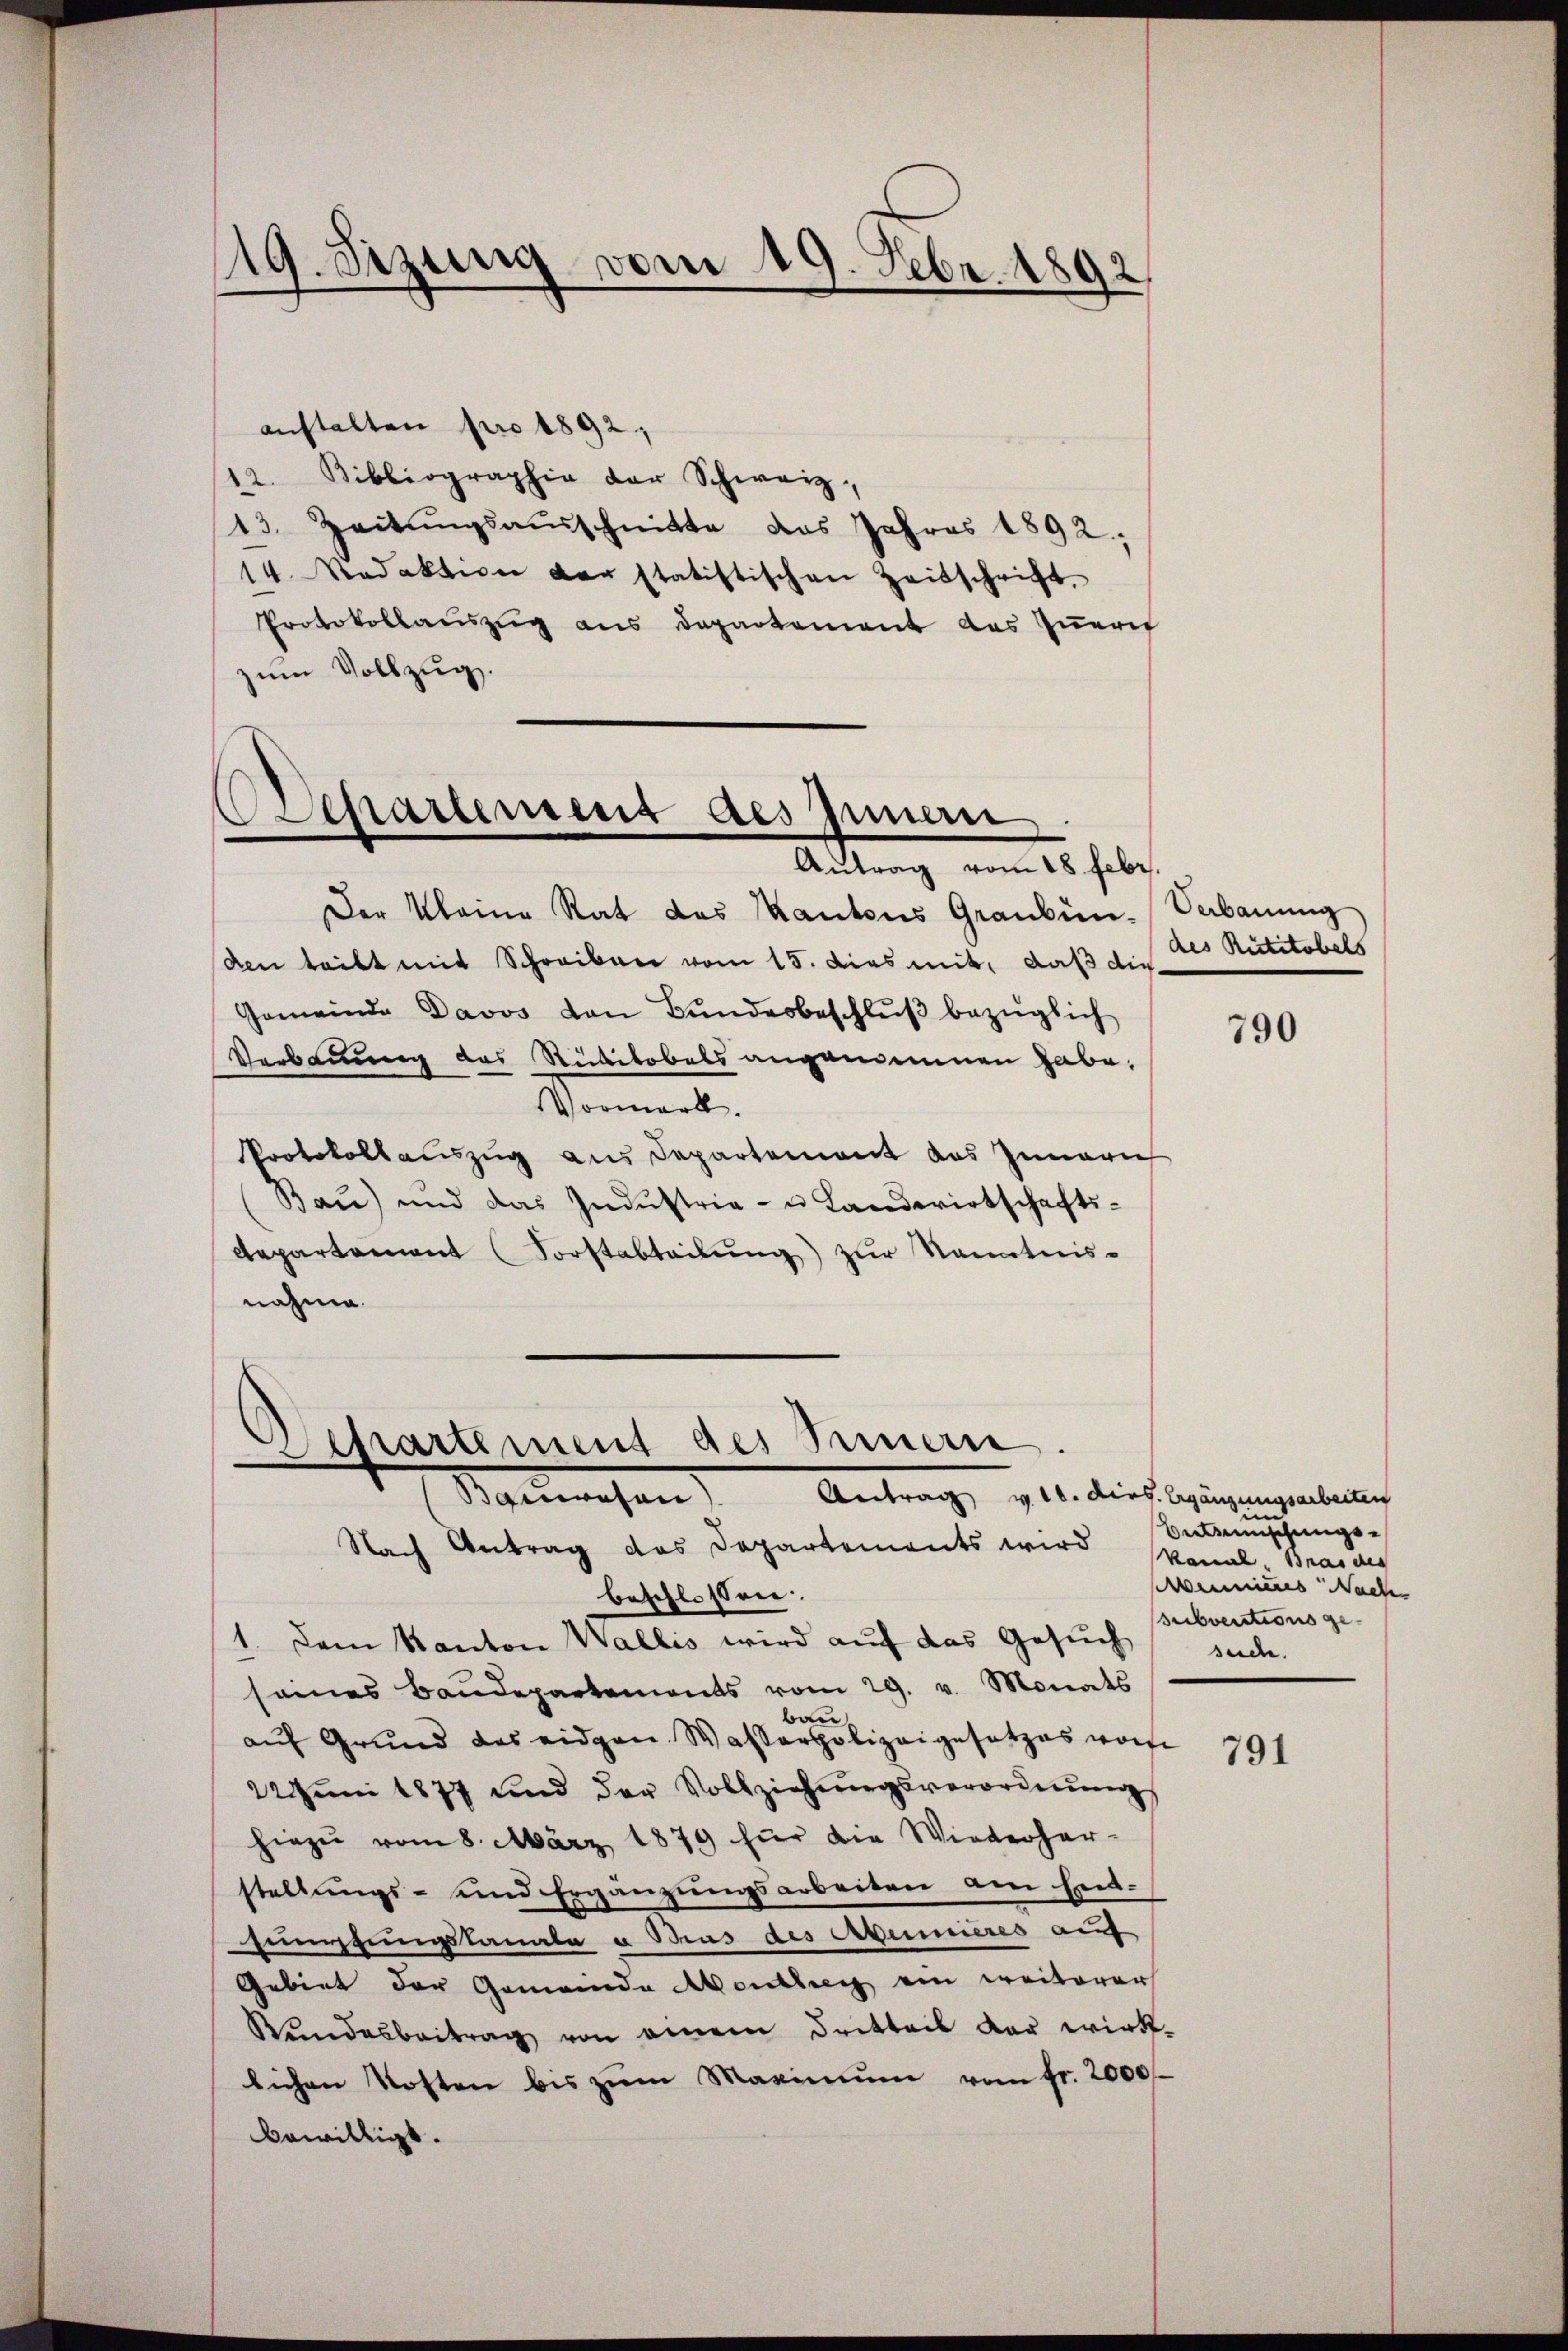
19. Setzung vom 19. Febr. 1892

anstalten pro 1892,
12. Bibliographie der Schweiz,
13. Zeitŭngsausschnitte das Jahres 1892,
14. Redaktion der statistischen Zeitschrift,
Protokollauszug aus Departement des Zuern
zum Vollzug.

partement des Innern
Antrag vom 18 Febr.

Der Kleine Rat des Kantons Graubün-Verbauung
den teilt mit Schreiben vom 15. dies mit, daß die
Gemeinde Davos von Bundesbeschlŭβ bezüglich
Verbauung des Ribitobels angemeinnen habe,
Vormark.
Protokollauszug aus Departement das Innern
Bau) und das Industria- u Landwirtschafts-
departement Forstabteilŭng zŭr Kenntnis-
nahme.

epartement des Innern.
Manesen

Antrag v. 10. dies. Ergänzungsarbeiten
Nach Antrag das Departements wird kanal Brands
beschlossen:
1. Dem Kanton Wallis wird auf das Gesuch
seines Baudepartements vom 29. v. Monats
bau
auf Grund des eidgen. Wasserpolizeigesetzes worde
22 Juni 1877 und der Vollziehŭngsverordnung
hiezu vom 8. März 1879 für die Wiederher-
stellungs- und Ergänzungsarbeiten den Ent-
sumstungskanale u Brus des Argumieres auf
Gebiet der Gemeinde Montag ein weiterer
Rundesbeitrag von einem Dritteil der wirk-
lichen Kosten bis zum Maximum vom fr. 2000
bewilligt.

des Rütitobels

790

im
Bereinschungsemius Nach
subventions ge-
such.

791